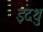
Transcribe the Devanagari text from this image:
इदथु